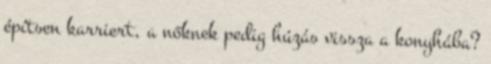
építsen karriert, a nőknek pedig húzás vissza a konyhába?